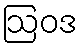
ဩဝဒ